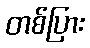
တစ်ပြား